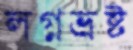
লগ্নভ্রষ্ট